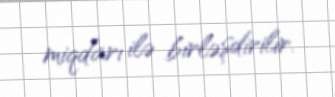
miqdarı ilə birləşdirilir.